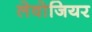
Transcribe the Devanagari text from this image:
लेवोजियर